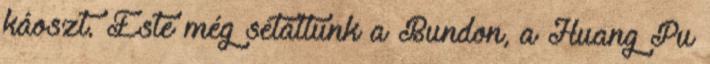
káoszt. Este még sétáltunk a Bundon, a Huang Pu